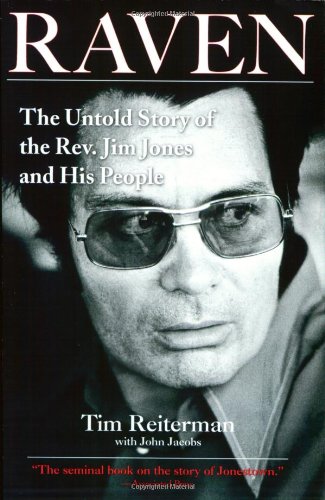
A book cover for Raven: The Untold Story of the Rev. Jim Jones and His People; Tim Reiterman; Religion & Spirituality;